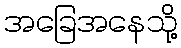
အခြေအနေသို့